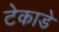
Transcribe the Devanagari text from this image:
टेकाडे